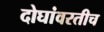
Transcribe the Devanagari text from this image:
दोघांवरतीच